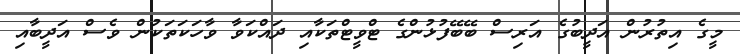
މީގެ އިތުރުން އަދީބުގެ އަރިސް ބޭބޭފުޅުންގެ ޓްވީޓްތަކާއި ދައްކަވާ ވާހަކަތަކުން ވެސް އަދީބާއި